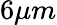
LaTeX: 6\mu m